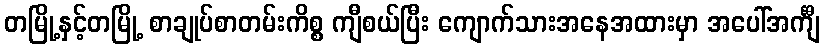
တမြို့နှင့်တမြို့ စာချုပ်စာတမ်းကိစ္စ ကျီစယ်ပြီး ကျောက်သားအနေအထားမှာ အပေါ်အင်္ကျီ